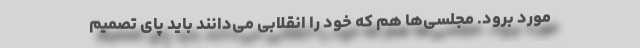
مورد برود. مجلسی‌‌ها هم که خود را انقلابی می‌دانند باید پای تصمیم